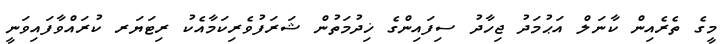
މީގެ ތެރެއިން ކާނަލް އަޙުމަދު ޖިހާދު ސިފައިންގެ ޚިދުމަތުން ޝަރަފުވެރިކަމާއެކު ރިޓަޔަރ ކުރައްވާފައިވަނީ